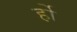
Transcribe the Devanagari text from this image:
र्हो